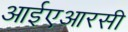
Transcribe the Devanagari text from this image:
आईएआरसी